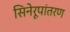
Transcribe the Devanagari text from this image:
सिनेरूपांतरण